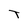
Character: T